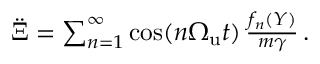
\begin{array} { r } { \ddot { \Xi } = \sum _ { n = 1 } ^ { \infty } \cos ( n { \Omega _ { \mathrm { u } } } t ) \, { \frac { f _ { n } ( Y ) } { m \gamma } } \, . } \end{array}